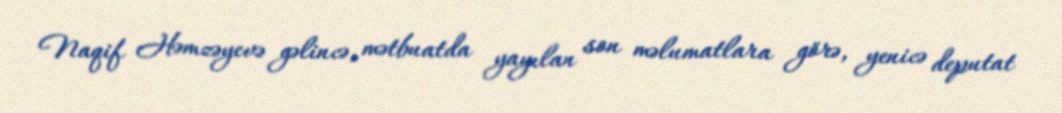
Naqif Həmzəyevə gəlincə, mətbuatda yayılan son məlumatlara görə, yenicə deputat